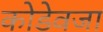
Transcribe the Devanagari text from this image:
कोडेवजा